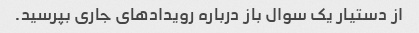
از دستیار یک سوال باز درباره رویدادهای جاری بپرسید.